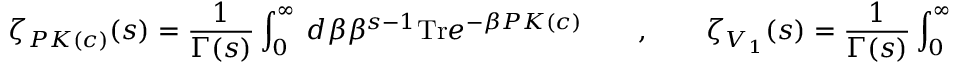
\zeta _ { P { \cal K } ( c ) } ( s ) = \frac { 1 } { \Gamma ( s ) } \int _ { 0 } ^ { \infty } \ d \beta \beta ^ { s - 1 } \mathrm { T r } e ^ { - \beta P { \cal K } ( c ) } \qquad , \qquad \zeta _ { { \cal V } _ { 1 } } ( s ) = \frac { 1 } { \Gamma ( s ) } \int _ { 0 } ^ { \infty } \ d \beta \beta ^ { s - 1 } \mathrm { T r } e ^ { - \beta { \cal V } _ { 1 } } \quad .